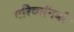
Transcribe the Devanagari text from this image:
परिवर्तनभी